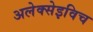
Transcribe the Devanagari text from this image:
अलेक्सेइविच